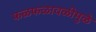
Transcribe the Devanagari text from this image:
फळफळावळीमुळे